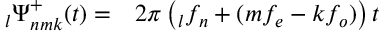
\begin{array} { r l } { \phantom { } _ { l } \Psi _ { n m k } ^ { + } ( t ) = } & { { } 2 \pi \left( \phantom { } _ { l } f _ { n } + ( m f _ { e } - k f _ { o } ) \right) t } \end{array}